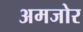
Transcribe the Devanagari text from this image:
अमजोर